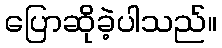
ပြောဆိုခဲ့ပါသည်။